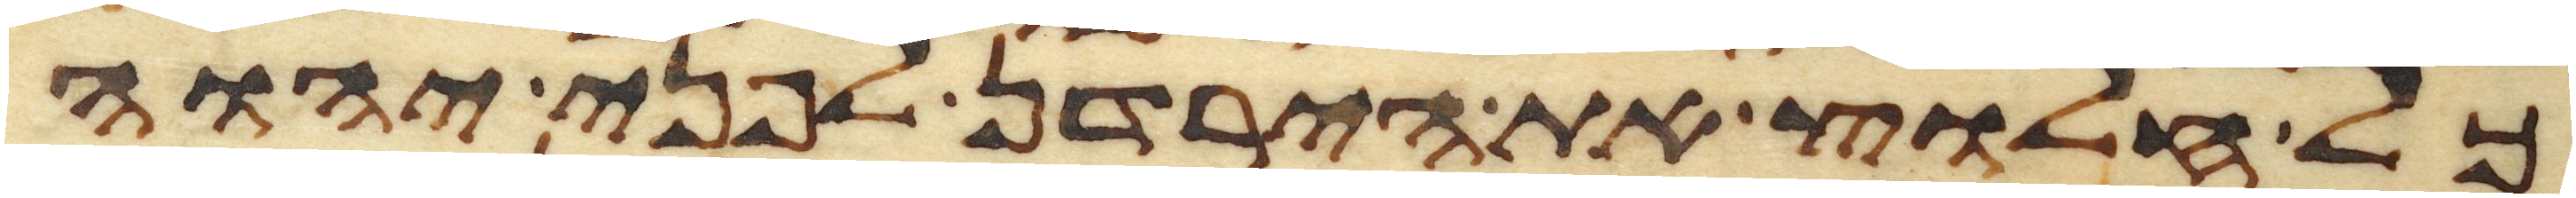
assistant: כל חלוץ את הירדן לפני יהוה